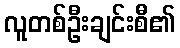
လူတစ်ဦးချင်းစီ၏